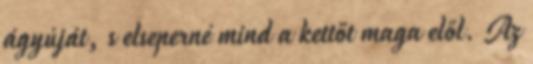
ágyúját, s elseperné mind a kettőt maga elől. Az